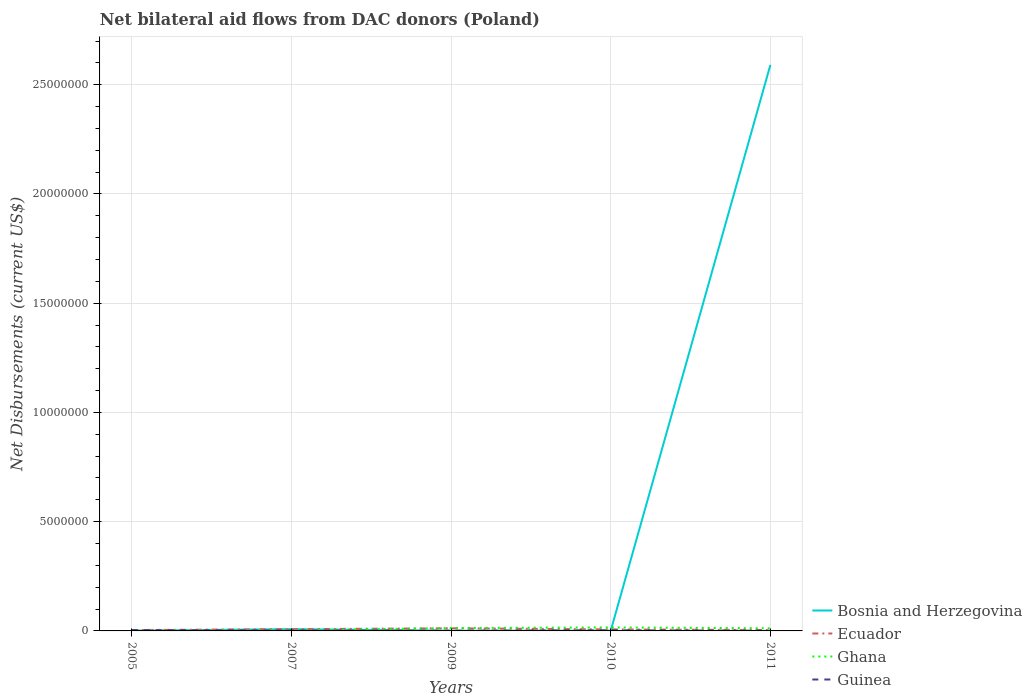
| Years | Bosnia and Herzegovina | Ecuador | Ghana | Guinea |
 | --- | --- | --- | --- | --- |
 | 2005 | 1e+04 | 4e+04 | 2e+04 | 4e+04 |
 | 2007 | 8e+04 | 8e+04 | 2e+04 | 2e+04 |
 | 2009 | 1e+04 | 1.2e+05 | 1.3e+05 | 1e+04 |
 | 2010 | 1e+04 | 7e+04 | 1.6e+05 | 3e+04 |
 | 2011 | 2.59e+07 | 4e+04 | 1.2e+05 | 1e+04 |